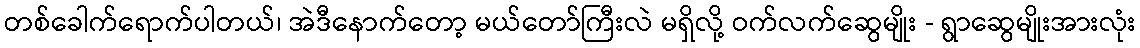
တစ်ခေါက်ရောက်ပါတယ်၊ အဲဒီနောက်တော့ မယ်တော်ကြီးလဲ မရှိလို့ ဝက်လက်ဆွေမျိုး - ရွာဆွေမျိုးအားလုံး